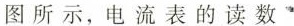
图所示，电流表的读数